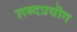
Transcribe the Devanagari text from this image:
शब्दप्रयॊग